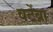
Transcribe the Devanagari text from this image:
वर्टेब्रा